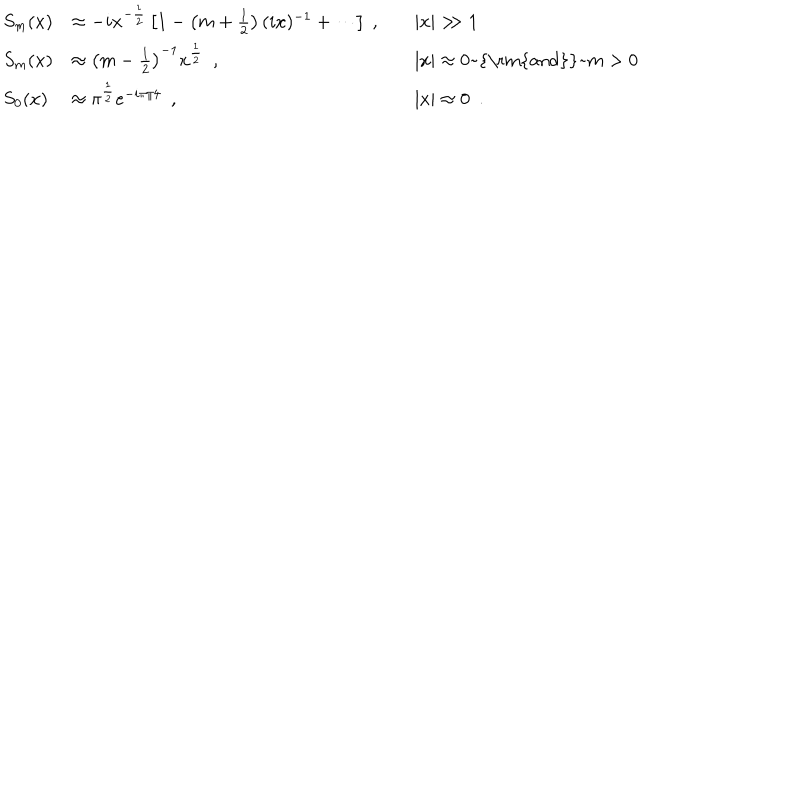
\begin{array} { l l l } { { S _ { m } ( x ) } } & { { \approx - i x ^ { - { \frac { 1 } { 2 } } } \left[ 1 - \left( m + { \frac { 1 } { 2 } } \right) ( i x ) ^ { - 1 } + \cdots \right] ~ , } } & { { \quad | x | > \! \! > 1 \nonumber } } \\ { { S _ { m } ( x ) } } & { { \approx \left( m - { \frac { 1 } { 2 } } \right) ^ { - 1 } x ^ { \frac { 1 } { 2 } } ~ ~ , } } & { { \quad | x | \approx 0 \mathrm { ~ \mathrm { { a n d } } ~ } m > 0 \nonumber } } \\ { { S _ { 0 } ( x ) } } & { { \approx \pi ^ { \frac { 1 } { 2 } } e ^ { - i \pi / 4 } ~ ~ , } } & { { \quad | x | \approx 0 ~ ~ . } } \\ \end{array}